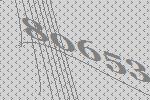
80653